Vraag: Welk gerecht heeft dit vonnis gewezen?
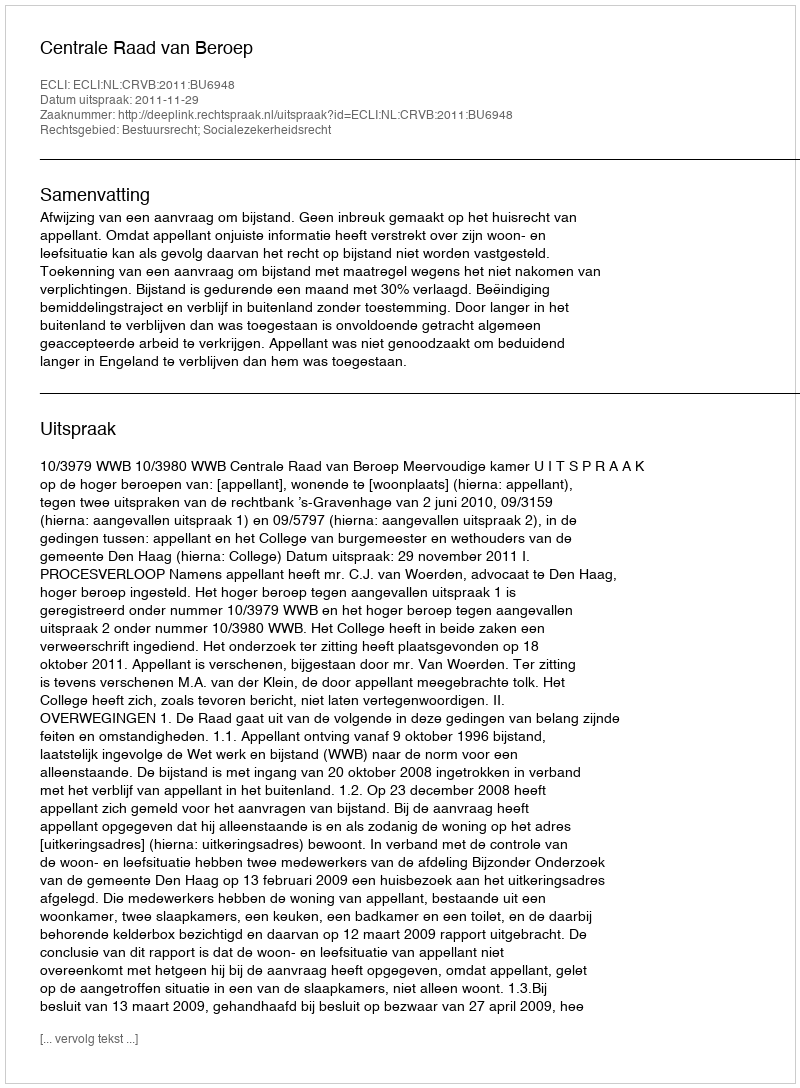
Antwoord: Centrale Raad van Beroep